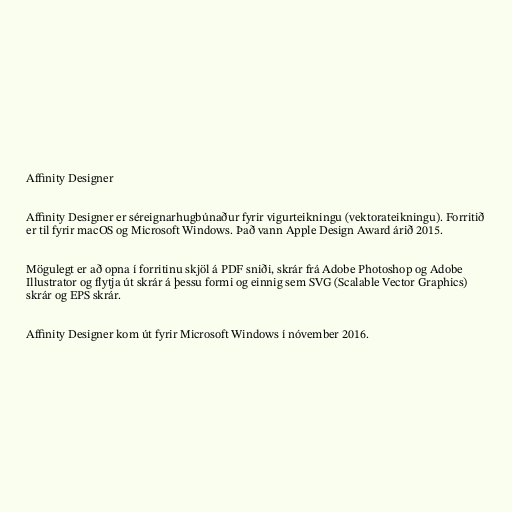
Affinity Designer

Affinity Designer er séreignarhugbúnaður fyrir vigurteikningu (vektorateikningu). Forritið
er til fyrir macOS og Microsoft Windows. Það vann Apple Design Award árið 2015.

Mögulegt er að opna í forritinu skjöl á PDF sniði, skrár frá Adobe Photoshop og Adobe
Illustrator og flytja út skrár á þessu formi og einnig sem SVG (Scalable Vector Graphics)
skrár og EPS skrár.

Affinity Designer kom út fyrir Microsoft Windows í nóvember 2016.